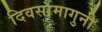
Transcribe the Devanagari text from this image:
दिवसामागुनी